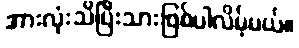
အားလုံးသိပြီးသားဖြစ်ပါလိမ့်မယ်။